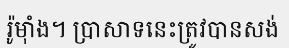
រ៉ូម៉ាំង។ ប្រាសាទនេះត្រូវបានសង់